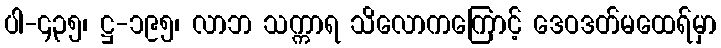
ပါ-၄၃၅၊ ဋ္ဌ-၁၉၅၊ လာဘ သက္ကာရ သိလောကကြောင့် ဒေဝဒတ်မထေရ်မှာ